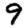
Digit: 9